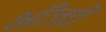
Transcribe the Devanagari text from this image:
भाँजते